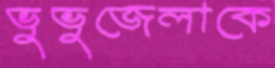
ভুভুজেলাকে